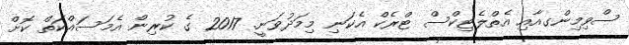
ސްވިމިންގއާއި އެތްލެޓިކްސް ޓްރެކް އެކަނި މިމަދުވަނީ. 2017 ގެ ކުރިން އެމަސައްކަތް ކޮށް